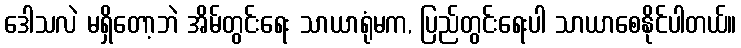
ဒေါသလဲ မရှိတော့ဘဲ အိမ်တွင်းရေး သာယာရုံမက, ပြည်တွင်းရေးပါ သာယာစေနိုင်ပါတယ်။